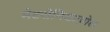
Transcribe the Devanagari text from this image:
मेटरोनिडाज़ोल